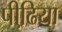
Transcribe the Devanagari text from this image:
पीढि़या